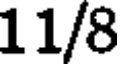
11/8